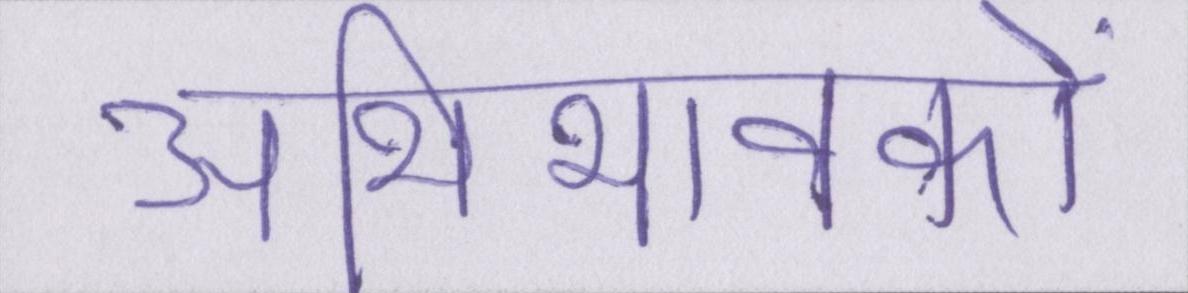
अभिभावकों